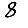
Digit: 8